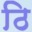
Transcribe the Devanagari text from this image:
ठि